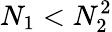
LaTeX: N_{1}<N_{2}^{2}